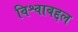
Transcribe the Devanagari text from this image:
विश्वाबद्दल